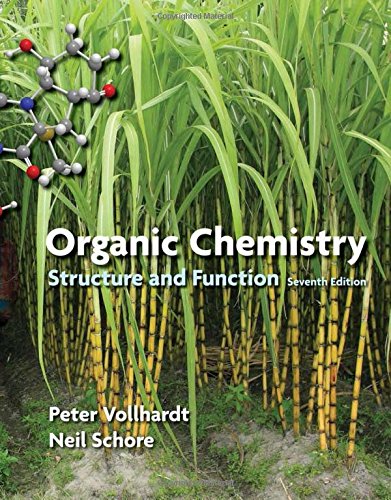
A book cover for Organic Chemistry: Structure and Function; K. Peter C. Vollhardt; Science & Math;